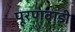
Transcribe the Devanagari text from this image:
पूरणवाडी